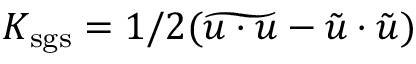
K _ { \mathrm { s g s } } = 1 / 2 ( \widetilde { \boldsymbol { u } \cdot \boldsymbol { u } } - \tilde { \boldsymbol { u } } \cdot \tilde { \boldsymbol { u } } )